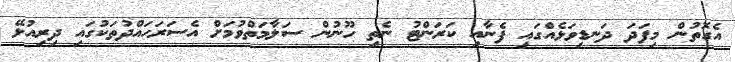
އެގޮތުން މިފަދަ ދަނޑިވަޅެއްގައި ފެނާއި ކަރަންޓު ނެތި ހޫނުން ސަލާމަތްވުމަށް އެސަރަހައްދުތަކުގައި ދިރިއުޅޭ